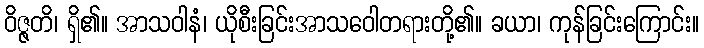
ဝိဇ္ဇတိ၊ ရှိ၏။ အာသဝါနံ၊ ယိုစီးခြင်းအာသဝေါတရားတို့၏။ ခယာ၊ ကုန်ခြင်းကြောင်း။